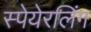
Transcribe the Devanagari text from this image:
स्पेयेरलिंग